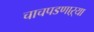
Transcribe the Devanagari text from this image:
चाचपडणाऱ्या